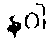
နဝါ